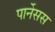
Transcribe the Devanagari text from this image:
पार्नेसस